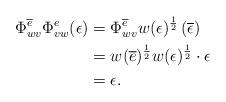
LaTeX: \begin{align*} \Phi^{\overline{e}}_{wv}\Phi^e_{vw} (\epsilon) &= \Phi^{\overline{e}}_{wv} w(\epsilon)^{\frac{1}{2}} \, (\overline{\epsilon})\\ &= w(\overline{e})^{\frac{1}{2}} w(\epsilon)^{\frac{1}{2}} \cdot \epsilon\\ &= \epsilon. \end{align*}